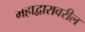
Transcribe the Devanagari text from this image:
महाद्वारावरील